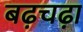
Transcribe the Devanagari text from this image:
बढ़चढ़ा